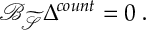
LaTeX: \mathcal { B } _ { \widetilde { \mathcal { S } } } \Delta ^ { c o u n t } = 0 \; .